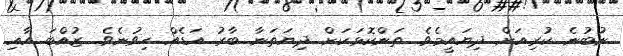
ނުބުނެ ކުރިއަށް ދިޔައީމެވެ. ތަންކޮޅަކަށް ދިޔަތަނާ ބާރު އަޑެއް ހިވުނެވެ. ޒުއްބަ އާއި